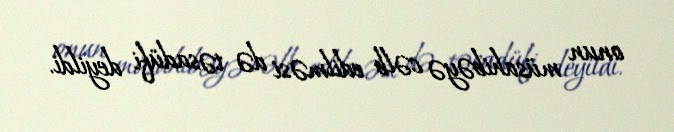
onun müsahibəyə cəlb edilməsi də təsadüfi deyildi.